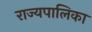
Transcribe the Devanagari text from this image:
राज्यपालिका